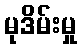
မုဒိမ်းမှု